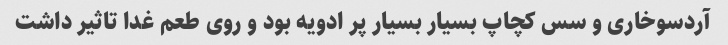
آردسوخاری و سس کچاپ بسیار بسیار پر ادویه بود و روی طعم غدا تاثیر داشت